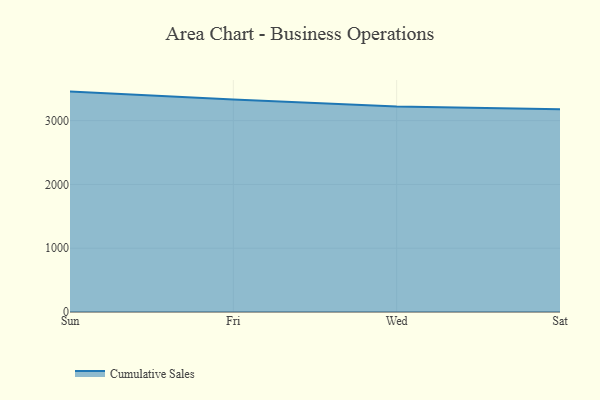
{"axis": {"x": "Day", "y": "Churn Rate (%)"}, "legend": ["Cumulative Sales"], "data": [{"x": "Sun", "y": 3454.9, "type": "Cumulative Sales"}, {"x": "Fri", "y": 3330.7, "type": "Cumulative Sales"}, {"x": "Wed", "y": 3220.4, "type": "Cumulative Sales"}, {"x": "Sat", "y": 3178.0, "type": "Cumulative Sales"}]}